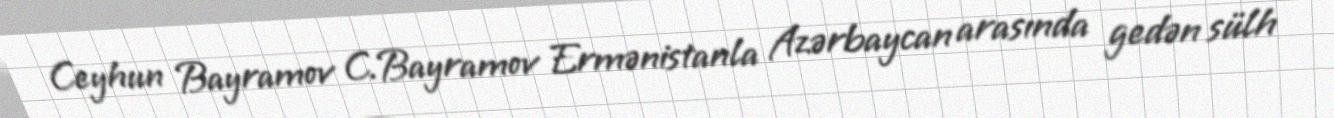
Ceyhun Bayramov C.Bayramov Ermənistanla Azərbaycan arasında gedən sülh